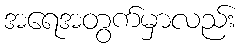
အရေအတွက်မှာလည်း